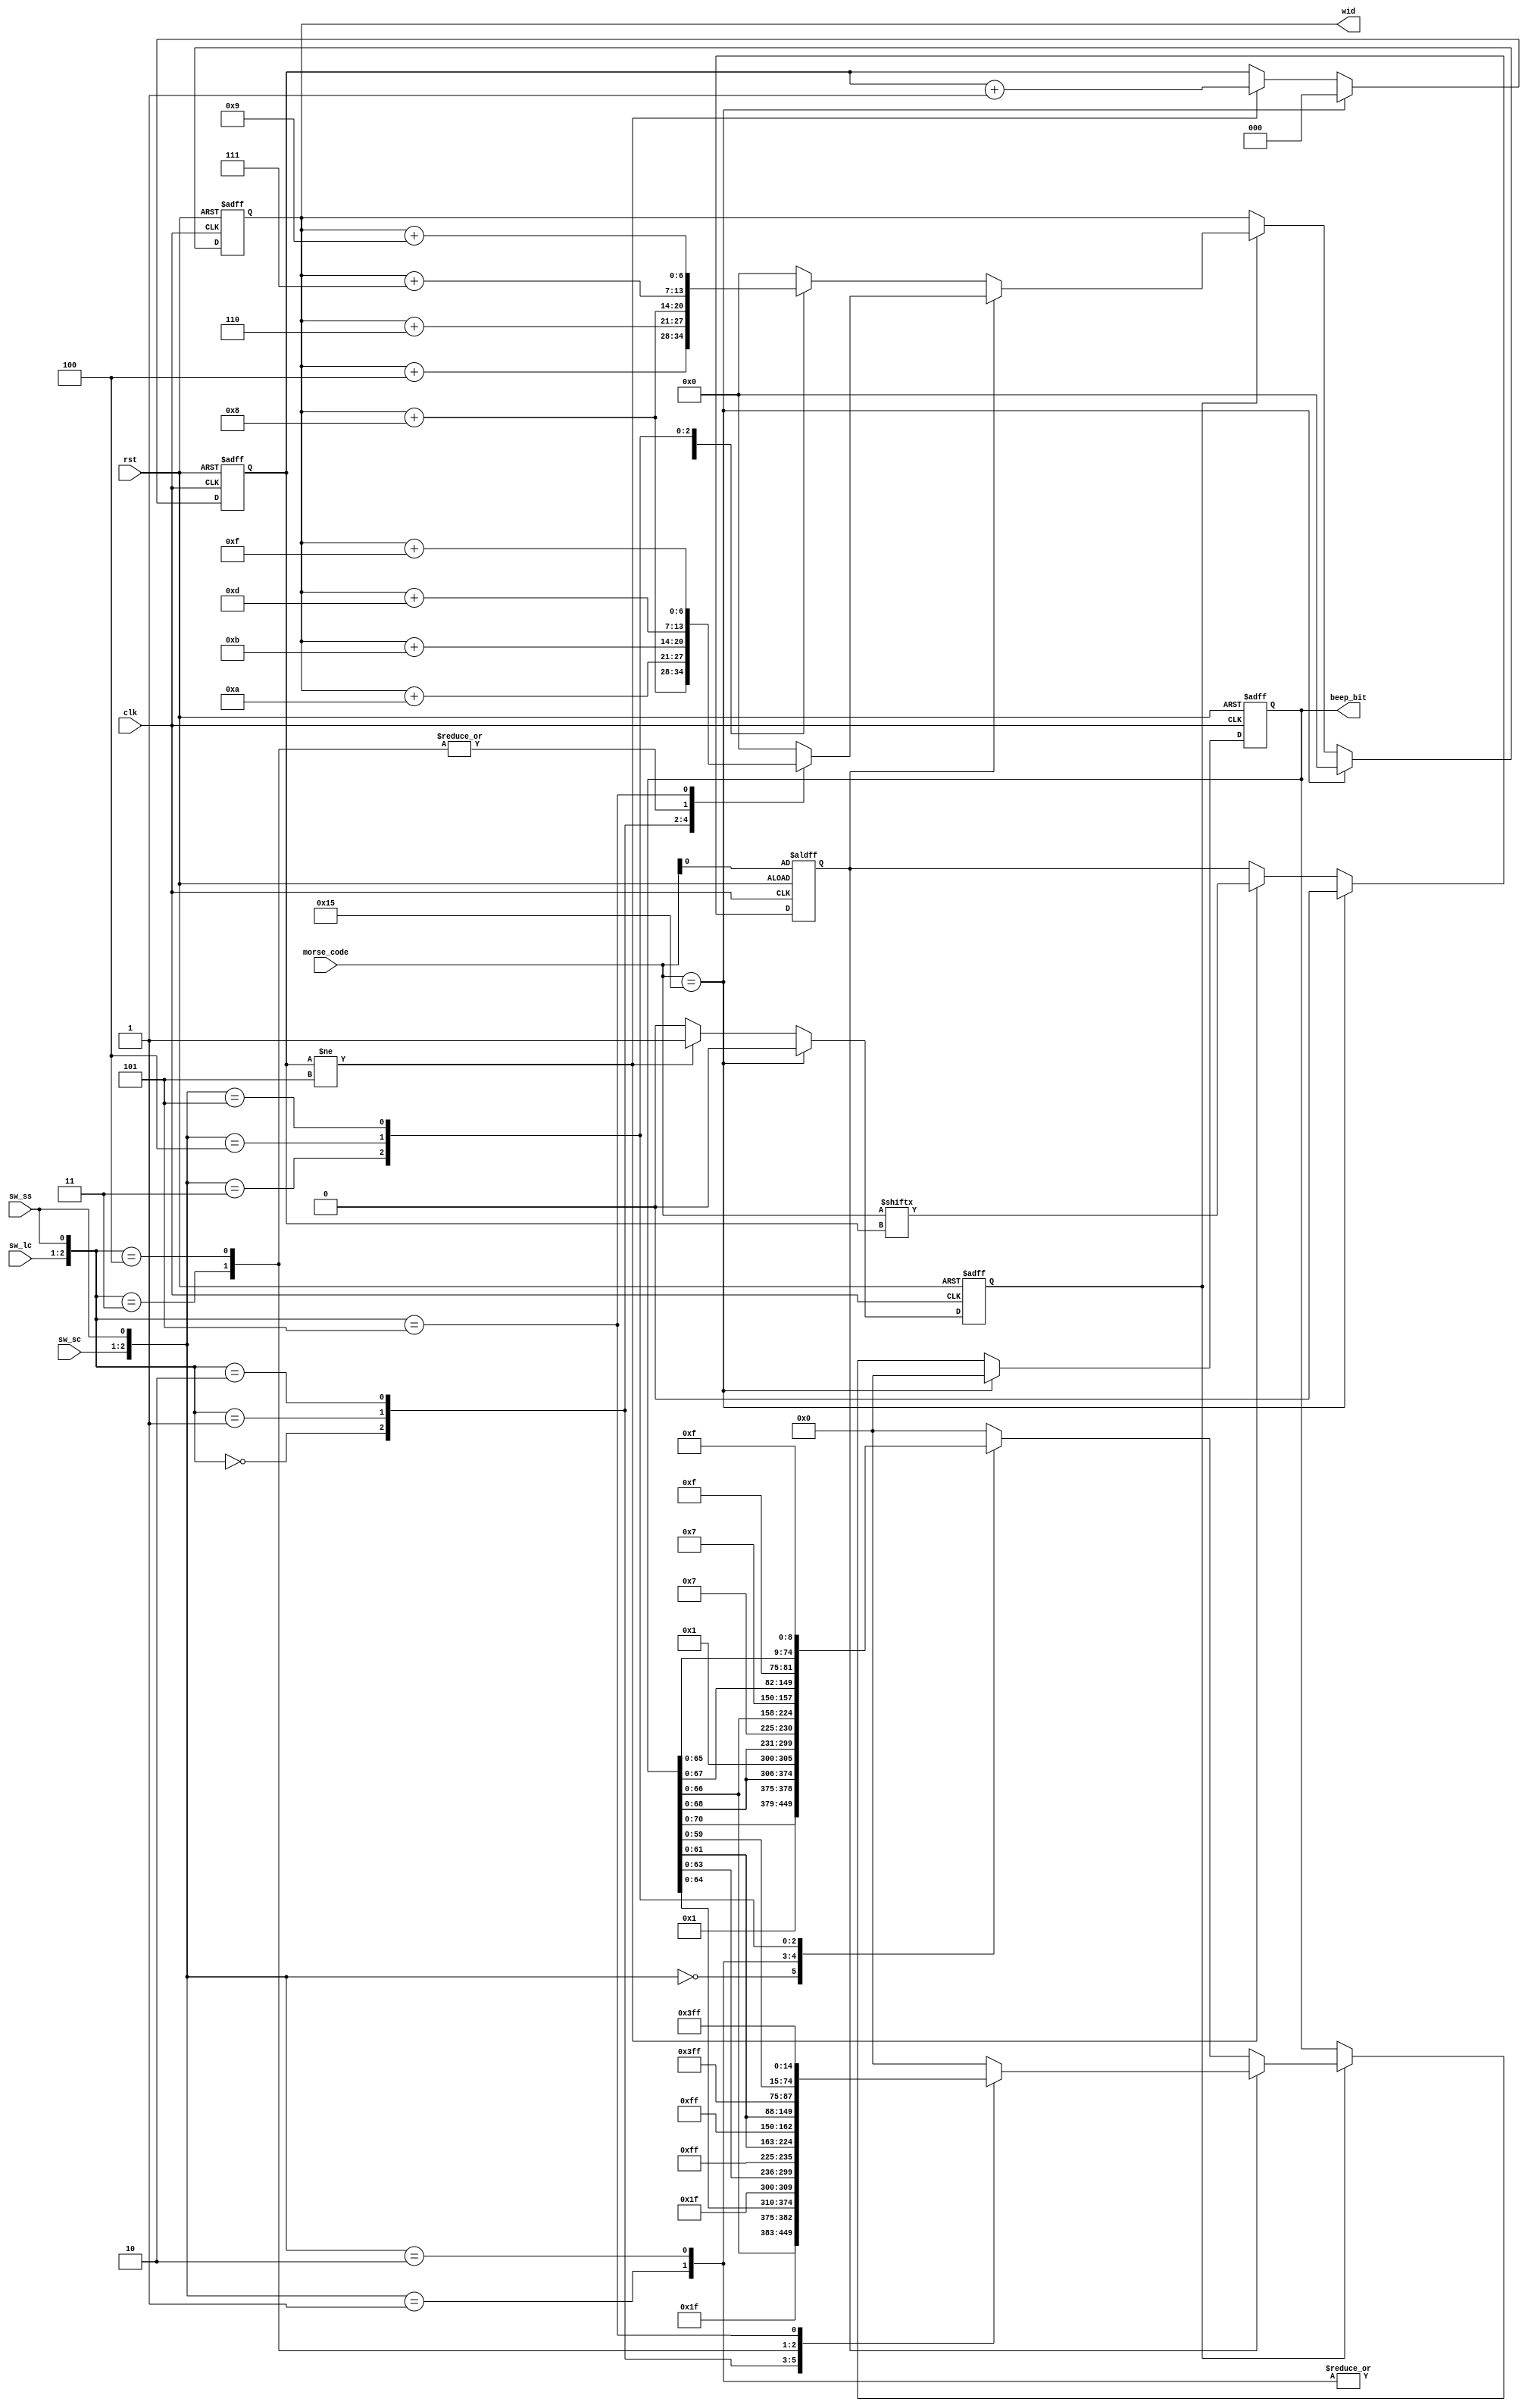
module buzzer_trans(
    input clk,
    input rst,
    input [1:0]sw_lc,
    input [1:0]sw_sc,
    input sw_ss,
    input [4:0]morse_code,
    output reg [74:0]beep_bit,
    output reg [6:0] wid
    );
    

    reg en;
    reg code_first;
    reg [2:0]cnt;

    always @(posedge clk, posedge rst) begin
        if (rst) begin
            cnt <= 3'b000;
            code_first <=  morse_code[0];
            en <= 0;
        end
        else if(morse_code == 5'b10101) begin
            cnt <= 3'b000;
            code_first <= 0;
            en <= 0;
        end
        else begin
            if (cnt != 3'b101) begin
                code_first <= morse_code[cnt];
                cnt <= cnt+1;
                en <= 1;
            end
            else en <= 0;
        end
    end

    always @(posedge clk, posedge rst) begin
        if (rst) begin
            beep_bit <= 0;
            wid <= 0;
        end
        else if (morse_code == 5'b10101) begin
            beep_bit <= 0;
            wid <= 0;
        end
        else begin
            if (en) begin
                if (code_first) begin
                    case ({sw_lc,sw_ss})
                        3'b000: begin
                            beep_bit <= {beep_bit,8'b00011111};
                            wid <= wid + 4'b1000;
                        end

                        3'b001: begin 
                            beep_bit <= {beep_bit,10'b0000011111};
                            wid <= wid + 4'b1010;
                        end 

                        3'b010: begin
                            beep_bit <= {beep_bit,11'b00011111111};
                            wid <= wid + 4'b1011;
                        end

                        3'b011: begin 
                            beep_bit <= {beep_bit,13'b0000011111111};
                            wid <= wid + 4'b1101;
                        end

                        3'b100: begin 
                            beep_bit <= {beep_bit,13'b0001111111111};
                            wid <= wid + 4'b1101;
                        end

                        3'b101: begin
                            beep_bit <= {beep_bit,15'b000001111111111};
                            wid <= wid + 4'b1111;
                        end
                        default begin 
                            beep_bit <= 0;
                            wid <= 0;
                        end
                    endcase
                end
                else begin
                case ({sw_sc,sw_ss})
                    3'b000: begin 
                        beep_bit <= {beep_bit,4'b0001};
                        wid <= wid + 4'b0100;
                    end

                    3'b001: begin
                        beep_bit <= {beep_bit,6'b000001};
                        wid <= wid + 4'b0110;
                    end
                    
                            
                    3'b010: begin
                        beep_bit <= {beep_bit,6'b000111};
                        wid <= wid + 4'b0110;
                    end
                    
                    3'b011: begin
                        beep_bit <= {beep_bit,8'b00000111};
                        wid <= wid + 4'b1000;
                    end
                         
                    3'b100: begin
                        beep_bit <= {beep_bit,7'b0001111};
                        wid <= wid + 4'b0111;
                    end
                    
                    3'b101: begin
                        beep_bit <= {beep_bit,9'b000001111};
                        wid <= wid + 4'b1001;
                    end
                    default begin 
                        beep_bit <= 0;
                        wid <= 0;
                    end
                    endcase
                end
            end
        end
    end
endmodule